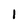
Character: 1